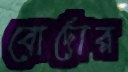
বোর্দোর